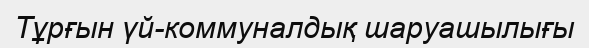
Тұрғын үй-коммуналдық шаруашылығы